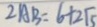
2 A B = 6 + 2 \sqrt { 5 }